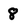
Character: 8